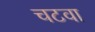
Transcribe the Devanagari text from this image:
चटवा